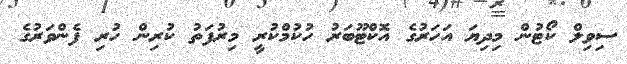
ސިވިލް ކޯޓުން މިދިޔަ އަހަރުގެ އޮކްޓޫބަރު ހުކުމްކުރީ މިރުފަތު ކުރިން ހުރި ފެންވަރުގެ